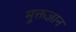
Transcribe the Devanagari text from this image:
मुक्तज्ञान